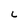
Character: L